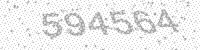
Solution: 594564